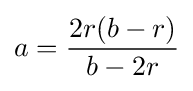
a={\frac {2r(b-r)}{b-2r}}